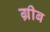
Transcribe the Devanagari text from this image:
ग्रीब